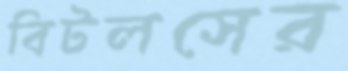
বিটলসের